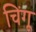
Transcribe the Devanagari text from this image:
चिंगू